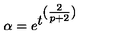
\alpha = e ^ { \textstyle t ^ { \textstyle ( \frac { 2 } { p + 2 } ) } }